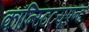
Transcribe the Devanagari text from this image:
कॉन्स्टिट्यूएन्ट